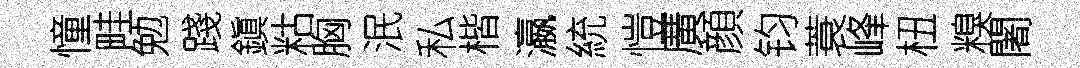
憧畦勉踐鎭䊀胸泯私楷瀛統愷廣顔钧蓑峰杻糗闍